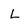
Character: L